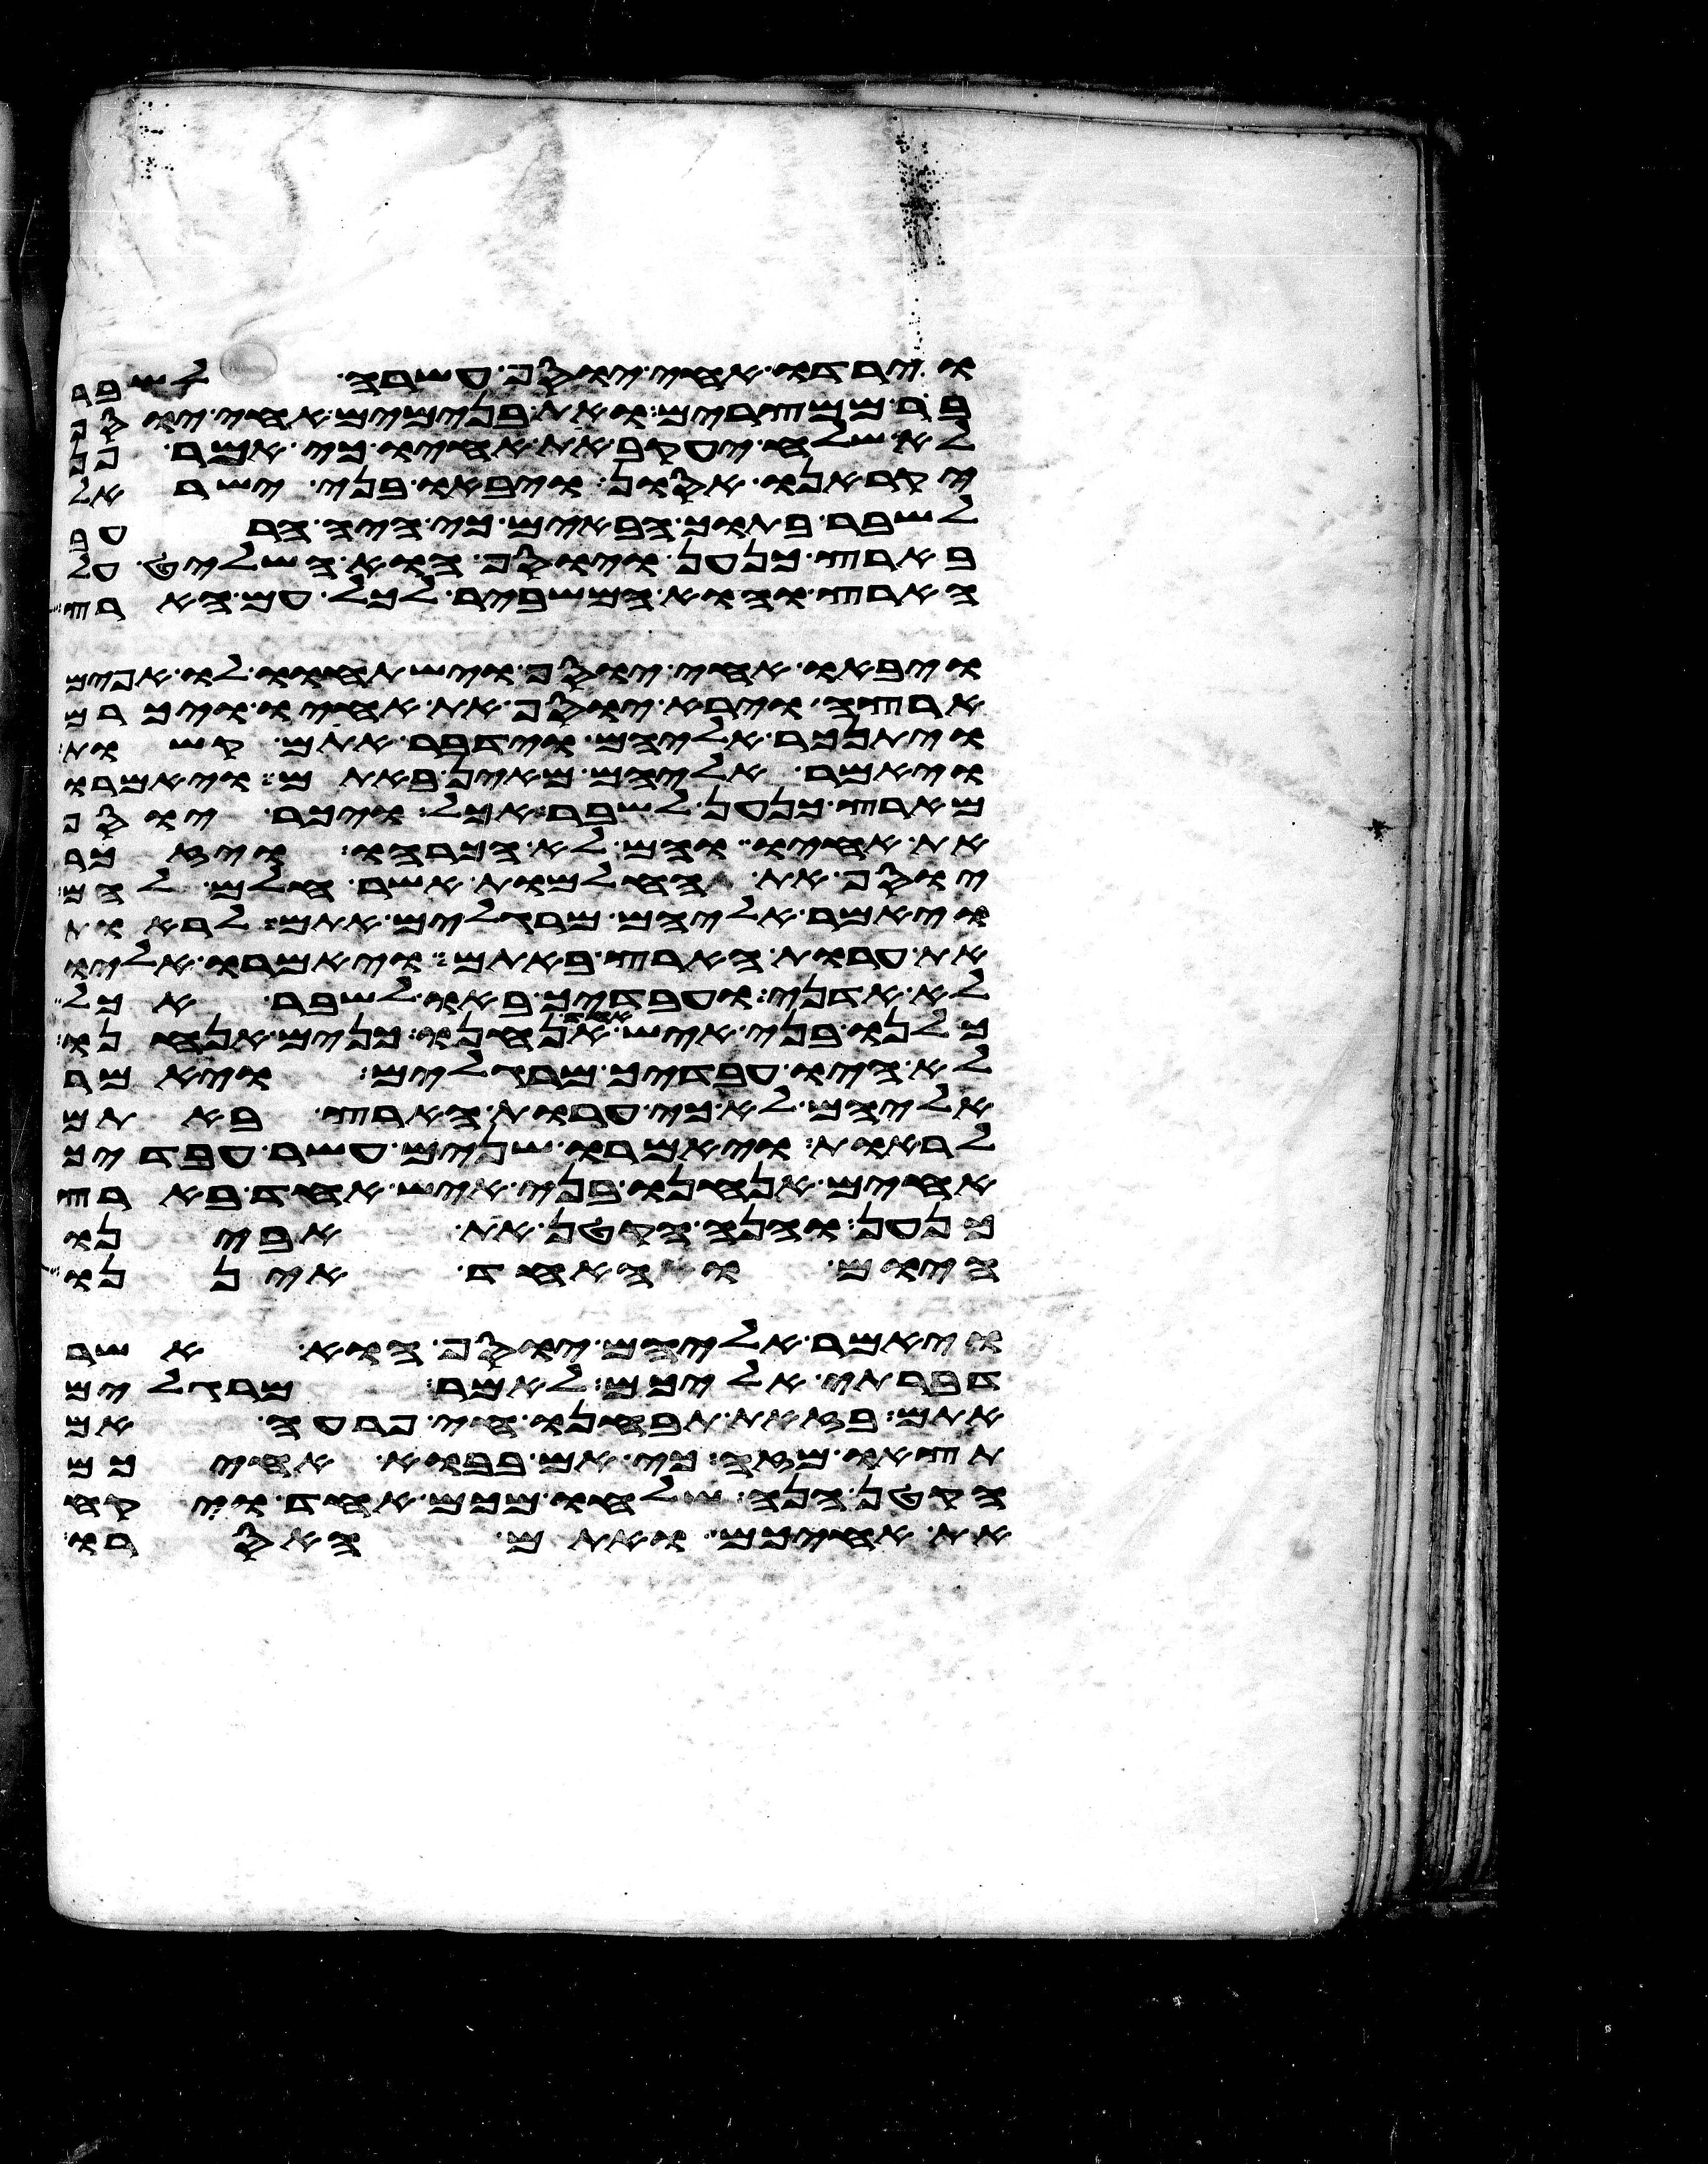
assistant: וירדו אחי יוסף עשרה לשבר
בר ממצרים ואת בנימים אחי יוסף
לא שלח יעקב את אחיו כי אמר פן
יקראנו אסון ויבאו בני ישראל
לשבר בתוך הבאים כי היה הרעב
בארץ כנען ויוסף הוא השליט על
הארץ והוא המשביר לכל עם הארץ
ויבאו אחי יוסף וישתחוו לו אפים
ארצה וירא יוסף את אחיו ויכרם
ויתנכר אליהם וידבר אתם קשות
ויאמר אליהם מאין באתם ויאמרו
מארץ כנען לשבר אכל ויכר יוסף
את אחיו והם לא הכרהו ויזכר
יוסף את החלמות אשר חלם להם
ויאמר אליהם מרגלים אתם לראות
את ערות הארץ באתם ויאמרו אליו
לא אדני ועבדיך באו לשבר אכל
כלנו בני איש אחד אנחנו כנים אנחנו
לא היו עבדיך מרגלים ויאמר
אליהם לא כי ערות הארץ באתם
לראות ויאמרו שנים עשר עבדיך
אחים אנחנו בני איש אחד בארץ
כנען והנה הקטן את אבינו
היום והאחד איננו
ויאמר אליהם יוסף הוא אשר
דברתי אליכם לאמר מרגלים
אתם בזאת תבחנו חי פרעה אם
תצאו מזה כי אם בבוא אחיכם
הקטן הנה שלחו מכם אחד ויקח
את אחיכם ואתם האסרו